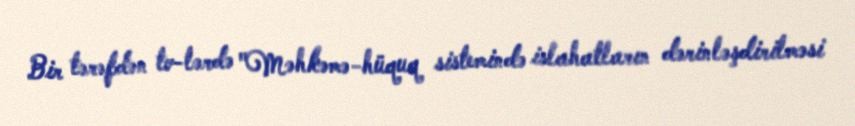
Bir tərəfdən tv-lərdə "Məhkəmə-hüquq sistemində islahatların dərinləşdirilməsi